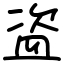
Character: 盗